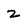
Character: 2